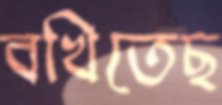
বখিতেছ